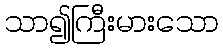
သာ၍ကြီးမားသော